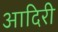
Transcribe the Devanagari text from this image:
आदिरी